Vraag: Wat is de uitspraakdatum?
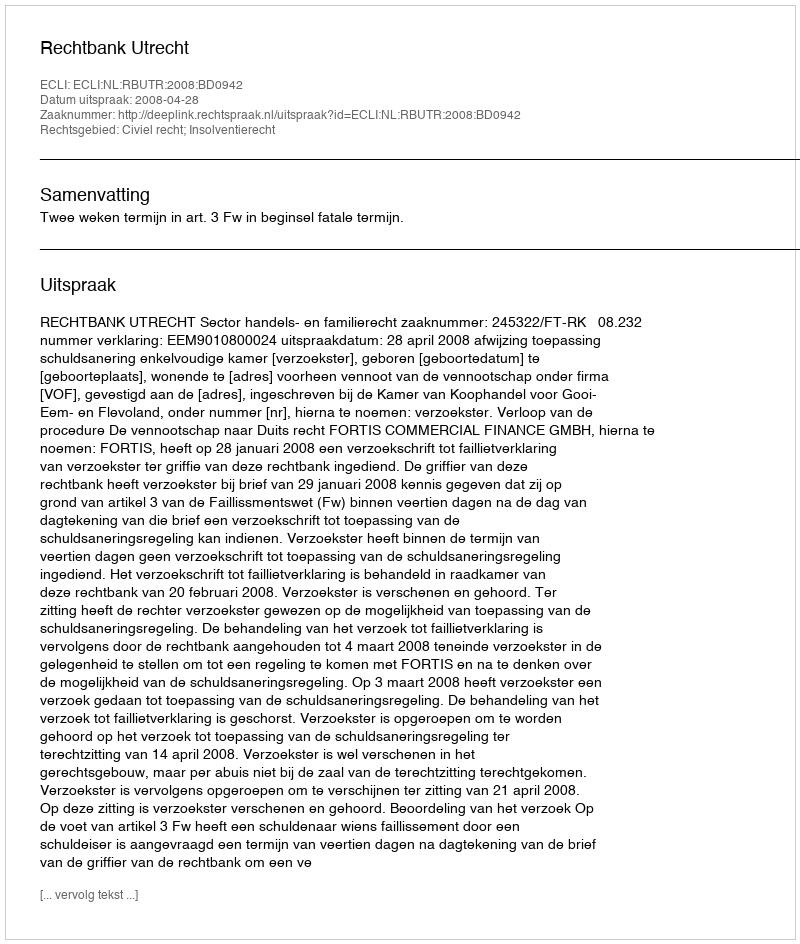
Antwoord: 2008-04-28